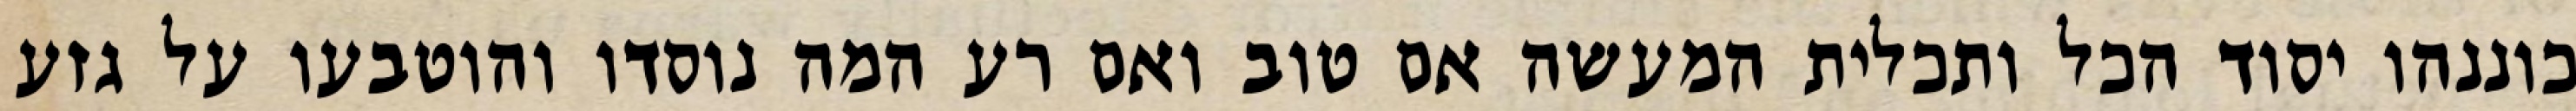
כוננהו יסוד הכל ותכלית המעשה אם טוב ואם רע המה נוסדו והוטבעו על גזע